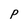
Character: p